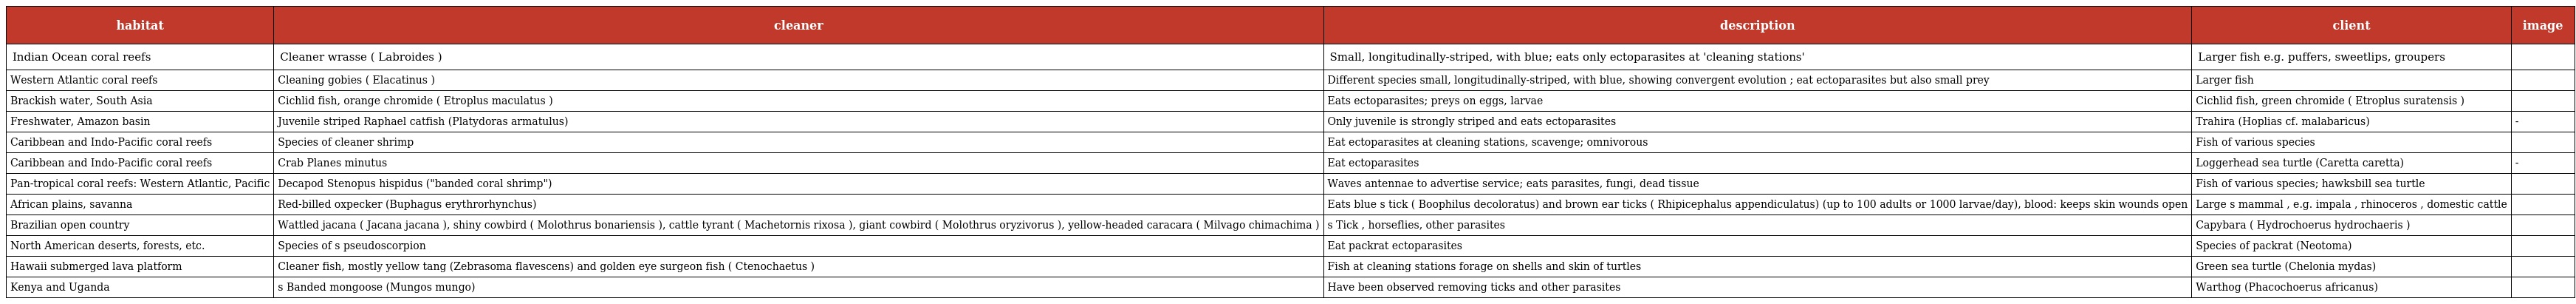
| habitat | cleaner | description | client | image |
 | --- | --- | --- | --- | --- |
 | Indian Ocean coral reefs | Cleaner wrasse ( Labroides ) | Small, longitudinally-striped, with blue; eats only ectoparasites at 'cleaning stations' | Larger fish e.g. puffers, sweetlips, groupers |  |
 | Western Atlantic coral reefs | Cleaning gobies ( Elacatinus ) | Different species small, longitudinally-striped, with blue, showing convergent evolution ; eat ectoparasites but also small prey | Larger fish |  |
 | Brackish water, South Asia | Cichlid fish, orange chromide ( Etroplus maculatus ) | Eats ectoparasites; preys on eggs, larvae | Cichlid fish, green chromide ( Etroplus suratensis ) |  |
 | Freshwater, Amazon basin | Juvenile striped Raphael catfish (Platydoras armatulus) | Only juvenile is strongly striped and eats ectoparasites | Trahira (Hoplias cf. malabaricus) | - |
 | Caribbean and Indo-Pacific coral reefs | Species of cleaner shrimp | Eat ectoparasites at cleaning stations, scavenge; omnivorous | Fish of various species |  |
 | Caribbean and Indo-Pacific coral reefs | Crab Planes minutus | Eat ectoparasites | Loggerhead sea turtle (Caretta caretta) | - |
 | Pan-tropical coral reefs: Western Atlantic, Pacific | Decapod Stenopus hispidus ("banded coral shrimp") | Waves antennae to advertise service; eats parasites, fungi, dead tissue | Fish of various species; hawksbill sea turtle |  |
 | African plains, savanna | Red-billed oxpecker (Buphagus erythrorhynchus) | Eats blue s tick ( Boophilus decoloratus) and brown ear ticks ( Rhipicephalus appendiculatus) (up to 100 adults or 1000 larvae/day), blood: keeps skin wounds open | Large s mammal , e.g. impala , rhinoceros , domestic cattle |  |
 | Brazilian open country | Wattled jacana ( Jacana jacana ), shiny cowbird ( Molothrus bonariensis ), cattle tyrant ( Machetornis rixosa ), giant cowbird ( Molothrus oryzivorus ), yellow-headed caracara ( Milvago chimachima ) | s Tick , horseflies, other parasites | Capybara ( Hydrochoerus hydrochaeris ) |  |
 | North American deserts, forests, etc. | Species of s pseudoscorpion | Eat packrat ectoparasites | Species of packrat (Neotoma) |  |
 | Hawaii submerged lava platform | Cleaner fish, mostly yellow tang (Zebrasoma flavescens) and golden eye surgeon fish ( Ctenochaetus ) | Fish at cleaning stations forage on shells and skin of turtles | Green sea turtle (Chelonia mydas) |  |
 | Kenya and Uganda | s Banded mongoose (Mungos mungo) | Have been observed removing ticks and other parasites | Warthog (Phacochoerus africanus) |  |